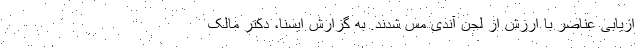
ازیابی عناصر با ارزش از لجن آندی مس شدند. به گزارش ایسنا، دکتر مالک